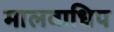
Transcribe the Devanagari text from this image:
मालवाधिप